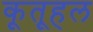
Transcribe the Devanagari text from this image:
कूतूहल